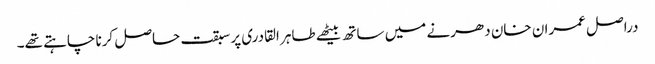
دراصل عمران خان دھرنے میں ساتھ بیٹھے طاہر القادری پر سبقت حاصل کرنا چاہتے تھے۔